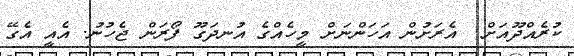
ކުރެއްދޫއަށް  އެރަށުން އަހަންނަށް މީހެއްގެ އުނދަގޫ ފޯރަން ޖެހުނު. އެއީ އެގޭ